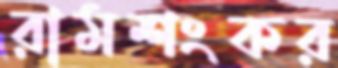
রামশংকর